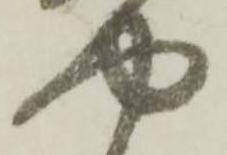
や